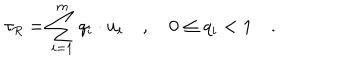
\tau _ { R } = \sum _ { i = 1 } ^ { m } q _ { i } \cdot u _ { i } \quad , \quad 0 \le q _ { i } < 1 \quad .